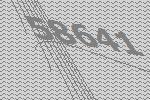
58641